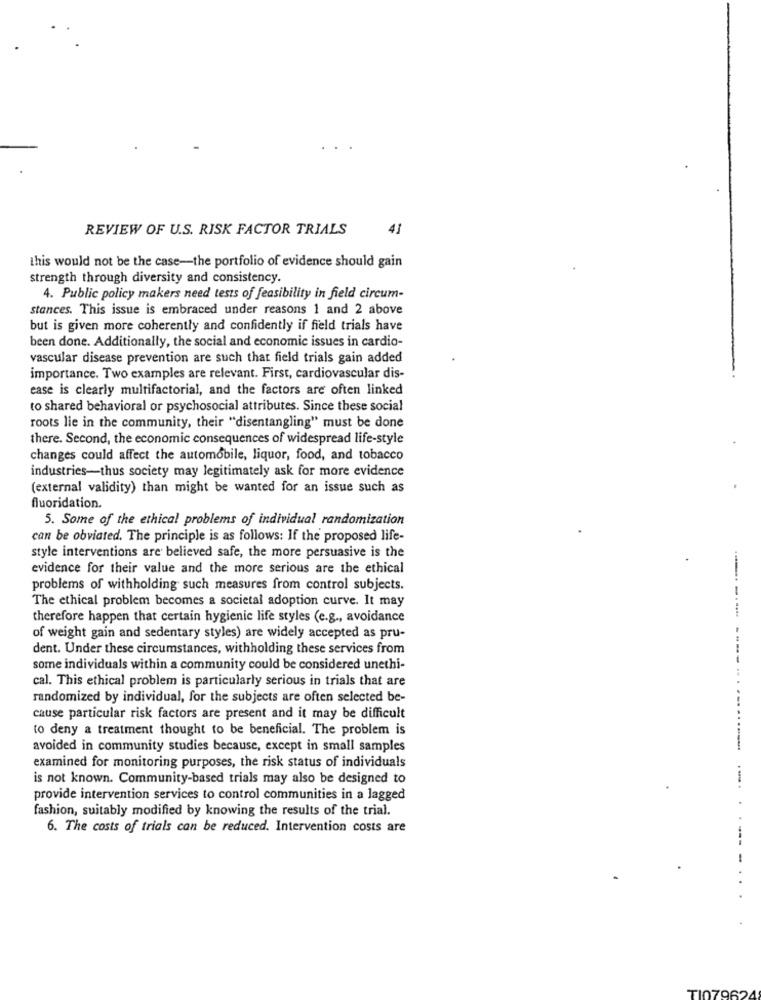
REVIEW OF U.S. RISK FACTOR TRIALS
41
this would not be the case-the portfolio of evidence should gain
strength through diversity and consistency.
4. Public policy makers need tests of feasibility in field circum-
stances. This issue is embraced under reasons 1 and 2 above
but is given more coherently and confidently if field trials have
been done. Additionally, the social and economic issues in cardio-
vascular disease prevention are such that field trials gain added
importance. Two examples are relevant. First, cardiovascular dis-
ease is clearly multifactorial, and the factors are often linked
to shared behavioral or psychosocial attributes. Since these social
roots lie in the community, their "disentangling" must be done
there. Second, the economic consequences of widespread life-style
changes could affect the automobile, liquor, food, and tobacco
industries-thus society may legitimately ask for more evidence
(external validity) than might be wanted for an issue such as
fluoridation.
5. Some of the ethical problems of individual randomization
can be obviated. The principle is as follows: If the proposed life-
style interventions are believed safe, the more persuasive is the
evidence for their value and the more serious are the ethical
problems of withholding such measures from control subjects.
The ethical problem becomes a societal adoption curve. It may
therefore happen that certain hygienic life styles (e.g ., avoidance
of weight gain and sedentary styles) are widely accepted as pru-
dent. Under these circumstances, withholding these services from
some individuals within a community could be considered unethi-
cal. This ethical problem is particularly serious in trials that are
randomized by individual, for the subjects are often selected be-
cause particular risk factors are present and it may be difficult
to deny a treatment thought to be beneficial. The problem is
avoided in community studies because, except in small samples
examined for monitoring purposes, the risk status of individuals
is not known. Community-based trials may also be designed to
provide intervention services to control communities in a lagged
fashion, suitably modified by knowing the results of the trial.
6. The costs of trials can be reduced. Intervention costs are
-
TI07962